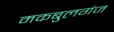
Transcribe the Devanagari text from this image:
मकबुलगंज